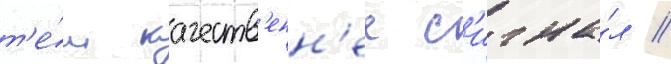
т'е́м качеств'енн'ее с'игна́л //